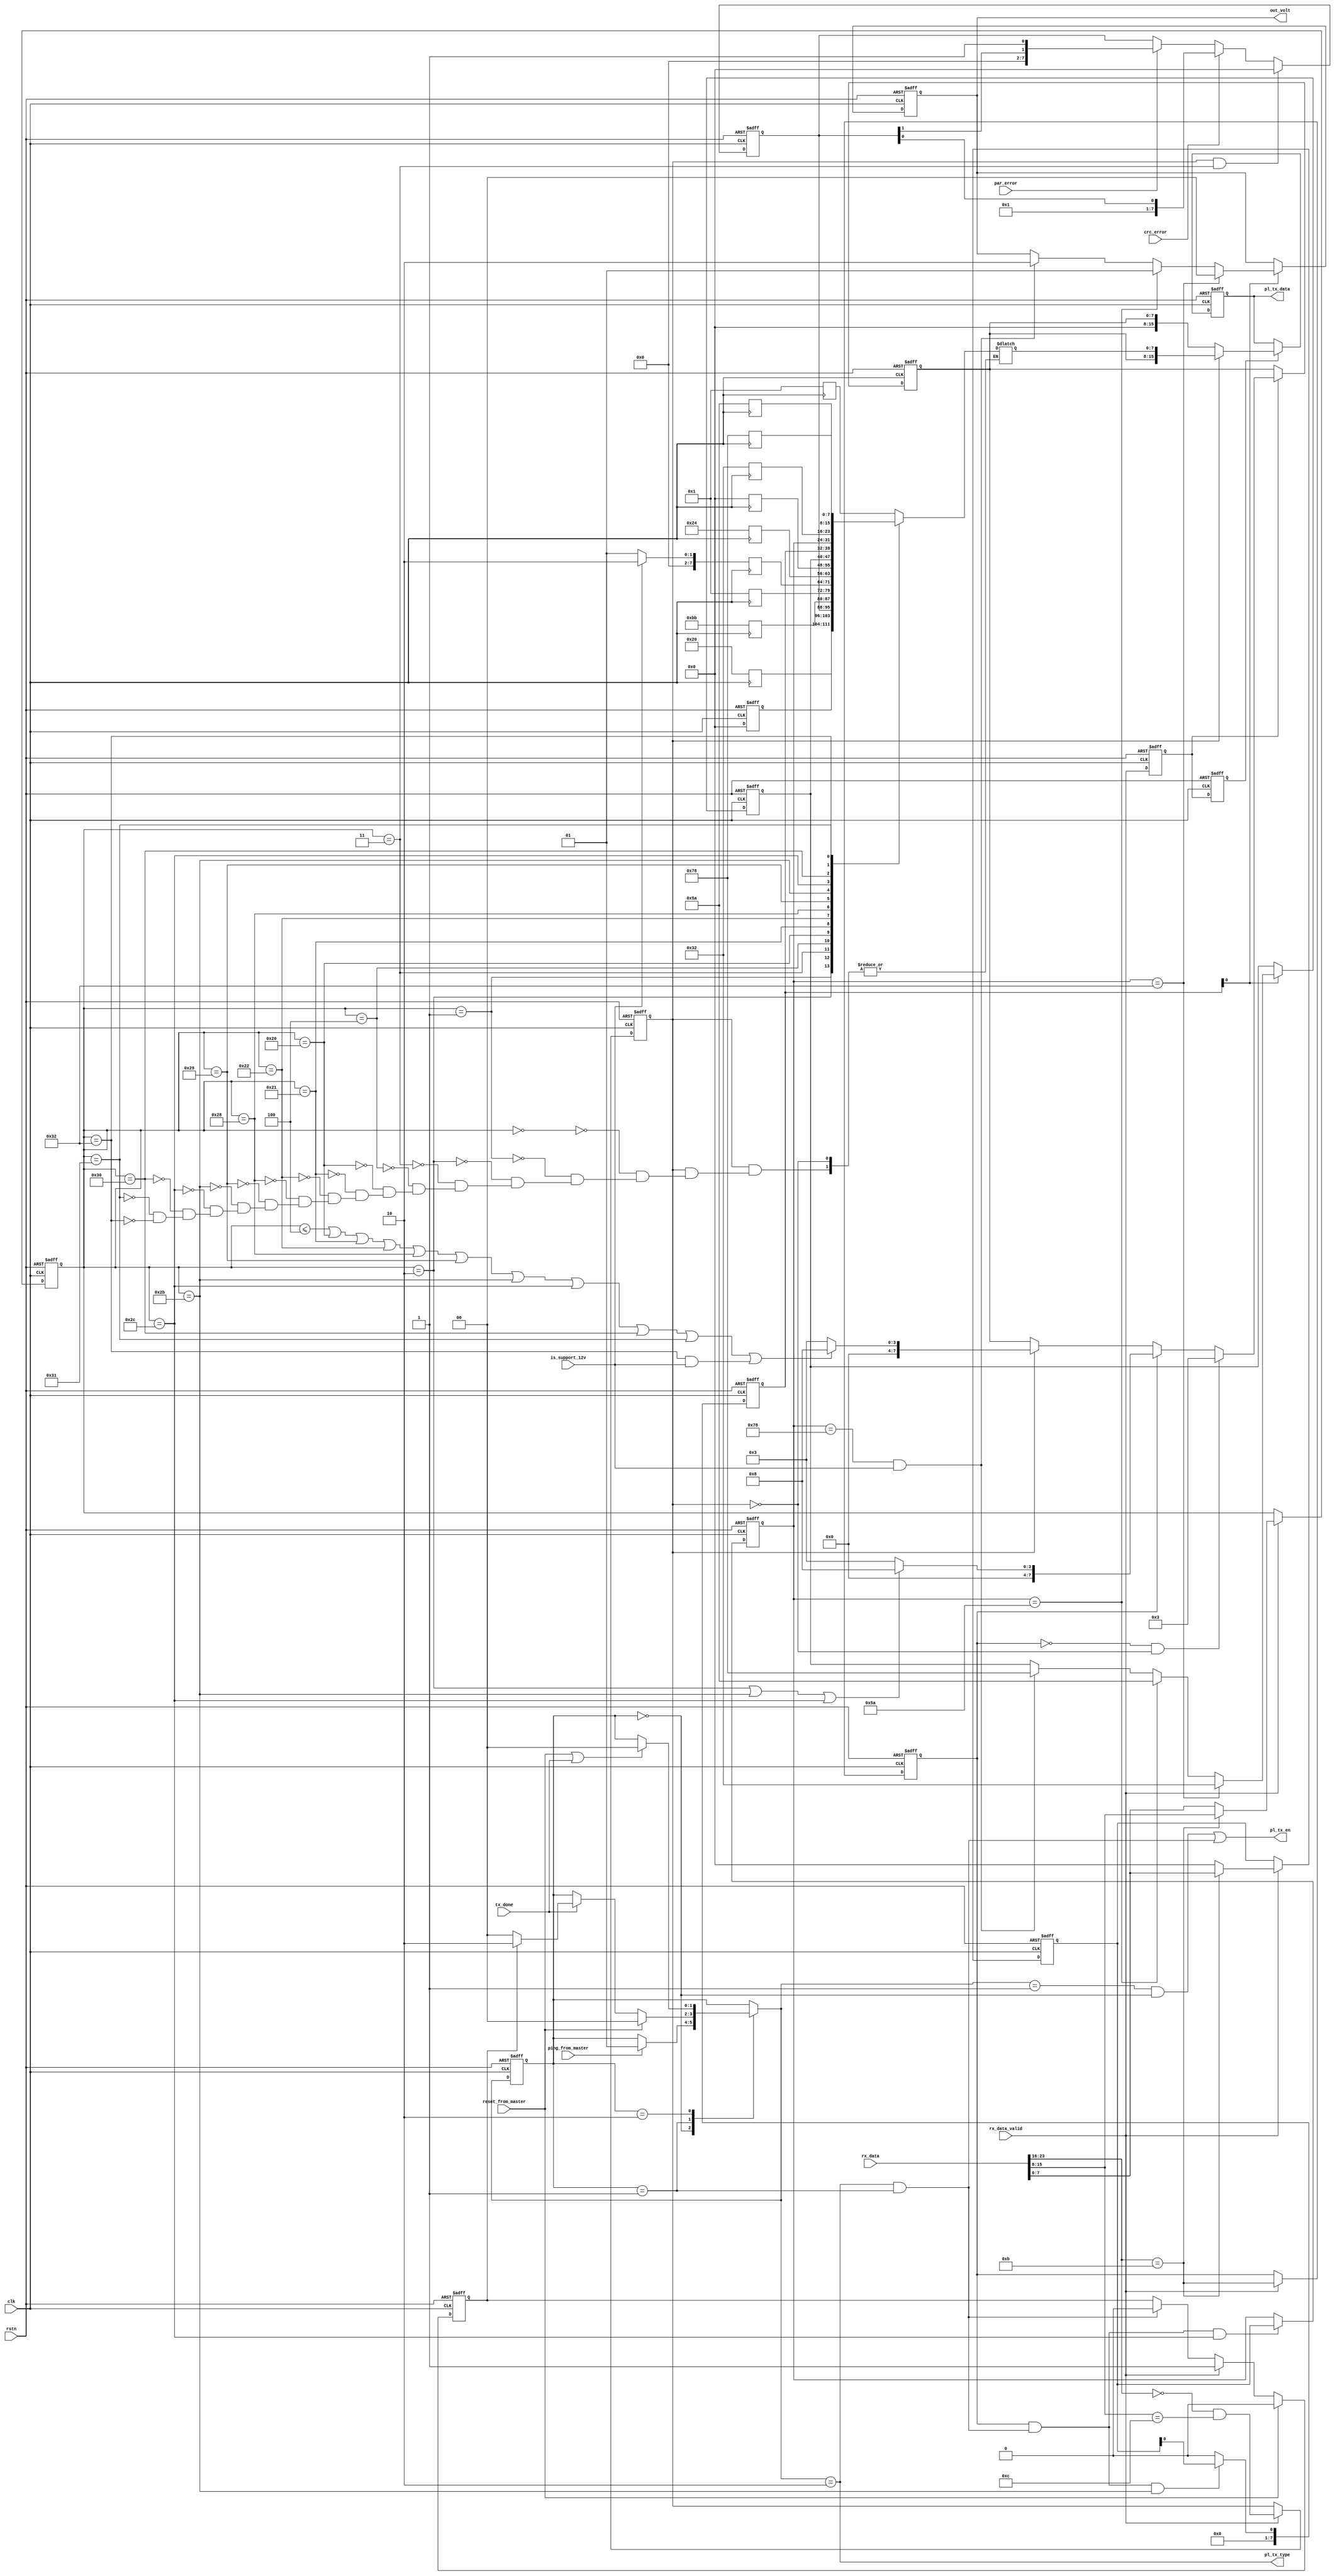
`timescale 1ns / 1ps
//////////////////////////////////////////////////////////////////////////////////
// Company: 
// Engineer: 
// 
// Design Name: 
// Module Name:    fcp logical layer
// Project Name: 
// Target Devices: 
// Tool versions: 
// Description: 
//
// Dependencies: 
//
// Revision: 
// Revision 0.01 - File Created
// Additional Comments: 
//
//////////////////////////////////////////////////////////////////////////////////

module fcp_logical_layer (
    clk,
    rstn,
    // I
    is_support_12v,
    ping_from_master,
    reset_from_master,
    crc_error,
    par_error,
    rx_data,
    rx_data_valid,
    tx_done,
    // O
    pl_tx_en,
    pl_tx_type,
    pl_tx_data,
    out_volt
);

//================================
// IO ports
//================================
input               clk;
input               rstn;
input               is_support_12v;
input               ping_from_master;
input               reset_from_master;
input               crc_error;
input               par_error;
input       [23:0]  rx_data;
input               rx_data_valid;
input               tx_done;

output              pl_tx_en;
output              pl_tx_type;
output      [15:0]  pl_tx_data;
output      [1:0]   out_volt; //00:5V    01:9v    10:12v    11:Reserved

localparam SLV_IDLE         = 2'b00;
localparam SLV_SEND_PING    = 2'b01;
localparam SLV_SEND_RESPOND = 2'b10;

localparam ACK              = 8'b0000_1000;
localparam NACK             = 8'b0000_0011;
localparam SBRWR            = 8'b0000_1011;
localparam SBRRD            = 8'b0000_1100;

//================================
// Signals
//================================
reg [7:0]   DVCTYPE              ;  //0x00 DVCTYPE                R           8h00
reg [7:0]   SPEC_VER             ;  //0x01 SPEC_VER               R           8h00
reg [7:0]   SCNTL                ;  //0x02 SCNTL                  R/W         8h00
reg [7:0]   SSTAT                ;  //0x03 SSTAT                  RR          8h00
reg [7:0]   ID_OUI0              ;  //0x04 ID_OUI0                R           8h00
reg [7:0]   CAPABILITIES         ;  //0x20 CAPABILITIES           R           8b000X_XXXX
reg [7:0]   DISCRETE_CAPABILITIES;  //0x21 DISCRETE_CAPABILITIES  R           8b0XXX_0XXX
reg [7:0]   MAX_PWR              ;  //0x22 MAX_PWR                R           8xXX
reg [7:0]   ADAPTER_STATUS       ;  //0x28 ADAPTER_STATUS         RR          8b0000_0000
reg [7:0]   VOUT_STATUS          ;  //0x29 VOUT_STATUS            R           8xXX
reg [7:0]   OUTPUT_CONTROL       ;  //0x2B OUTPUT_CONTROL         R/W         8x00
reg [7:0]   VOUT_CONFIG          ;  //0x2C VOUT_CONFIG            R/W         8xXX
reg [7:0]   DISCRETE_VOUT_0      ;  //0x30 DISCRETE_VOUT_0        R           8xXX
reg [7:0]   DISCRETE_VOUT_1      ;  //0x31 DISCRETE_VOUT_1        R           8xXX
reg [7:0]   DISCRETE_VOUT_2      ;  //0x32 DISCRETE_VOUT_2        R           8xXX

reg [1:0]   out_volt;
//reg [1:0]   up_step;
//reg [1:0]   down_step;
//reg [6:0]   vol_adjust_cycle_cnt;

reg         wr_en;
reg         rd_en;
reg [7:0]   wr_data;
reg [7:0]   addr;
reg         rx_data_valid_r;
reg         rx_data_valid_2r;
wire        wr_addr_exist;
wire        rd_addr_exist;
reg [7:0]   RESP;
reg [7:0]   data_for_rd_cmd;
reg [15:0]  pl_tx_data;
wire        pl_tx_en;
wire        pl_tx_type;
reg         cmd_get_but_not_process;
wire        send_resp;
wire        send_ping;

reg [1:0]   cur_st;
reg [1:0]   nxt_st;

always @(posedge clk or negedge rstn) begin // adjust volt
    if (!rstn) begin
        out_volt <= 2'b0;  //5v
    end else if (OUTPUT_CONTROL[0]) begin
        if (VOUT_CONFIG==8'd50) begin
            out_volt <= 2'b00; //5v
        end else if (VOUT_CONFIG==8'd90) begin
            out_volt <= 2'b01; //9v
        end else if ((VOUT_CONFIG==8'd120) && is_support_12v) begin
            out_volt <= 2'b10; //12v
        end
    end
end

//always @(posedge clk or negedge rstn) begin // increase volt
//    if (!rstn) begin
//        vol_adjust_cycle_cnt <= 7'b0;
//    end else if (OUTPUT_CONTROL[0]) begin
//        vol_adjust_cycle_cnt <= 7'b1;
//    end else if (vol_adjust_cycle_cnt==7'd100) begin
//        vol_adjust_cycle_cnt <= 7'b0;
//    end else if (|vol_adjust_cycle_cnt) begin
//        vol_adjust_cycle_cnt <= vol_adjust_cycle_cnt + 7'b1;
//    end
//end
//
//always @(posedge clk or negedge rstn) begin // increase volt
//    if (!rstn) begin
//        up_step <= 2'd0;
//    end else if (OUTPUT_CONTROL[0]) begin
//        if (VOUT_CONFIG==8'd120) begin
//            up_step <= VOUT_STATUS==8'd50 ? 2'd2 : (VOUT_STATUS==8'd90 ? 2'd1 : 2'd0);
//        end else if (VOUT_CONFIG==8'd90) begin
//            up_step <= VOUT_STATUS==8'd50 ? 2'd1 : 2'd0;
//        end else if (VOUT_CONFIG==8'd50) begin
//            up_step <= 2'd0;
//        end
//    end else if (vol_adjust_cycle_cnt==100) begin
//        up_step <= 2'd0;
//    end
//end
//
//always @(posedge clk or negedge rstn) begin // decrease volt
//    if (!rstn) begin
//        down_step <= 2'd0;
//    end else if (OUTPUT_CONTROL[0]) begin
//        if (VOUT_CONFIG==8'd90) begin
//            down_step <= VOUT_STATUS==8'd120 ? 2'd1 : 2'd0;
//        end else if (VOUT_CONFIG==8'd120) begin
//            down_step <= 2'd0;
//        end else begin
//            down_step <= VOUT_STATUS==8'd120 ? 2'd2 : (VOUT_STATUS==8'd90 ? 2'd1 : 2'd0);
//        end
//    end else if (vol_adjust_cycle_cnt==100) begin
//        down_step <= 2'd0;
//    end
//end
//
//always @(posedge clk or negedge rstn) begin
//    if (!rstn) begin
//        UP_VOLT <= 1'b0;
//        DN_VOLT <= 1'b0;
//    end else if (vol_adjust_cycle_cnt==1) begin
//        UP_VOLT <= |up_step;
//        DN_VOLT <= |down_step;
//    end else if (vol_adjust_cycle_cnt==26) begin
//        UP_VOLT <= 1'b0;
//        DN_VOLT <= 1'b0;
//    end else if (vol_adjust_cycle_cnt==51) begin
//        UP_VOLT <= up_step[1];
//        DN_VOLT <= down_step[1];
//    end else if (vol_adjust_cycle_cnt==76) begin
//        UP_VOLT <= 1'b0;
//        DN_VOLT <= 1'b0;
//    end
//end

always @(posedge clk or negedge rstn) begin
    if (!rstn) begin
        VOUT_STATUS <= 8'd50;
    end else if (OUTPUT_CONTROL[0]) begin
        VOUT_STATUS <=  VOUT_CONFIG==8'd50 ? 8'd50 :
                        VOUT_CONFIG==8'd90 ? 8'd90 :
                       (VOUT_CONFIG==8'd120) && is_support_12v ? 8'd120 : VOUT_STATUS;
    end
end

// read only registers
always @(posedge clk) begin
    DVCTYPE                 <= 8'h01;
    SPEC_VER                <= 8'h20;
    ID_OUI0                 <= 8'b10111011;
    CAPABILITIES            <= 8'h01;
    DISCRETE_CAPABILITIES   <= is_support_12v ? 8'h2 : 8'h1;
    MAX_PWR                 <= 8'h24;
    DISCRETE_VOUT_0         <= 8'd50;
    DISCRETE_VOUT_1         <= 8'd90;
    DISCRETE_VOUT_2         <= 8'd120;
end

// read/Write registers
always @(posedge clk or negedge rstn) begin // SCNTL is reserved
    if (!rstn) begin
        SCNTL                   <= 8'h0;
    end else begin
        SCNTL                   <= 8'h0;
    end
end

always @(posedge clk or negedge rstn) begin // lsb: SET_VOUT
    if (!rstn) begin
        OUTPUT_CONTROL          <= 8'h0;
    end else if (wr_en & send_resp & (addr==8'h2B)) begin
        OUTPUT_CONTROL          <= {7'b0, wr_data[0]};
    end else begin
        OUTPUT_CONTROL          <= 8'h0;
    end
end

always @(posedge clk or negedge rstn) begin
    if (!rstn) begin
        VOUT_CONFIG             <= 8'd50;   // default 5V
    end else if (wr_en & send_resp & (addr==8'h2C)) begin
        VOUT_CONFIG             <= wr_data;
    end
end

// read/read registers
// automatically set by the hardware.
// Once set, only cleared upon reading the register or by a POR event.
always @(posedge clk or negedge rstn) begin
    if (!rstn) begin
        SSTAT                   <= 8'h0;
    end else if (rd_en & (addr==8'h03)) begin
        SSTAT                   <= 8'h0;
    end else begin
        if (crc_error) begin
            SSTAT               <= {6'h0, 1'b1, SSTAT[0]};
        end else if (par_error) begin
            SSTAT               <= {6'h0, SSTAT[1], 1'b1};
        end
    end
end

always @(posedge clk) begin
    ADAPTER_STATUS          <= 8'h0;
end

//     [23:16]  [15:8]      [7:0]
// RD: 8'b0     SBRRD       REGADDR
// WT: SBRWR    EGADDR      DATA
always @(posedge clk or negedge rstn) begin
    if (!rstn) begin
        wr_en   <= 1'b0;
        rd_en   <= 1'b0;
        wr_data <= 8'b0;
        addr    <= 8'b0;
    end else if (rx_data_valid) begin
        wr_en   <= rx_data[23:16]==SBRWR;
        rd_en   <= rx_data[23:16]==8'b0 && rx_data[15:8]==SBRRD;
        wr_data <= rx_data[23:16]==SBRWR ? rx_data[7:0]  : 8'b0;
        addr    <= rx_data[23:16]==SBRWR ? rx_data[15:8] : rx_data[7:0];
    end
end

always @(posedge clk or negedge rstn) begin
    if (!rstn) begin
        rx_data_valid_r <= 1'b0;
    end else begin
        rx_data_valid_r <= rx_data_valid;
    end
end

always @(posedge clk or negedge rstn) begin
    if (!rstn) begin
        rx_data_valid_2r <= 1'b0;
    end else begin
        rx_data_valid_2r <= rx_data_valid_r;
    end
end

assign wr_addr_exist = (addr==8'h02||addr==8'h2B|| addr==8'h2C);
assign rd_addr_exist = (addr<=8'h04||addr==8'h20|| addr==8'h21||addr==8'h22||
                        addr==8'h28||addr==8'h29|| addr==8'h2B||addr==8'h2C||
                        addr==8'h30||addr==8'h31||(addr==8'h32&&is_support_12v));

always @(posedge clk or negedge rstn) begin
    if (!rstn) begin
        RESP    <= 8'b0;
    end else if (rx_data_valid_r) begin
        if (wr_en==1'b0 && rd_en==1'b0) begin
            RESP    <= NACK;
        end else if (wr_en) begin
            RESP    <= wr_addr_exist ? ACK : NACK;
        end else if (rd_en) begin
            RESP    <= rd_addr_exist ? ACK : NACK;
        end
    end
end


always @(*) begin
    if (rd_en) begin
        case (addr)
        8'h00: data_for_rd_cmd  = DVCTYPE              ;
        8'h01: data_for_rd_cmd  = SPEC_VER             ;
        8'h02: data_for_rd_cmd  = SCNTL                ;
        8'h03: data_for_rd_cmd  = SSTAT                ;
        8'h04: data_for_rd_cmd  = ID_OUI0              ;
        8'h20: data_for_rd_cmd  = CAPABILITIES         ;
        8'h21: data_for_rd_cmd  = DISCRETE_CAPABILITIES;
        8'h22: data_for_rd_cmd  = MAX_PWR              ;
        8'h28: data_for_rd_cmd  = ADAPTER_STATUS       ;
        8'h29: data_for_rd_cmd  = VOUT_STATUS          ;
        8'h2B: data_for_rd_cmd  = OUTPUT_CONTROL       ;
        8'h2C: data_for_rd_cmd  = VOUT_CONFIG          ;
        8'h30: data_for_rd_cmd  = DISCRETE_VOUT_0      ;
        8'h31: data_for_rd_cmd  = DISCRETE_VOUT_1      ;
        8'h32: data_for_rd_cmd  = DISCRETE_VOUT_2      ;
        endcase
    end
end

always @(posedge clk or negedge rstn) begin
    if (!rstn) begin
        pl_tx_data <= 16'b0;
    end else if (rx_data_valid_2r) begin
        if (rd_en) begin
            pl_tx_data <= {RESP, data_for_rd_cmd};
        end else begin
            pl_tx_data <= {8'b0, RESP};
        end
    end
end

always @(posedge clk or negedge rstn) begin
    if (!rstn) begin
        cmd_get_but_not_process <= 1'b0;
    end else if (reset_from_master) begin
        cmd_get_but_not_process <= 1'b0;
    end else if (rx_data_valid) begin
        cmd_get_but_not_process <= 1'b1;
    end else if (send_resp) begin
        cmd_get_but_not_process <= 1'b0;
    end
end

//========================================================================================
//========================================================================================
//              Main State
//========================================================================================
//========================================================================================
always @(posedge clk or negedge rstn) begin
    if(!rstn) begin
        cur_st <= SLV_IDLE;
    end else begin
        cur_st <= nxt_st;
    end
end

always @(*) begin
    nxt_st = cur_st;

    case(cur_st)
    SLV_IDLE: begin
        if (ping_from_master) begin
            nxt_st = SLV_SEND_PING;
        end
    end
    SLV_SEND_PING: begin
        if (reset_from_master) begin
            nxt_st = SLV_IDLE;
        end else if (tx_done) begin
            if (cmd_get_but_not_process) begin
                nxt_st = SLV_SEND_RESPOND;
            end else begin
                nxt_st = SLV_IDLE;
            end
        end
    end
    SLV_SEND_RESPOND: begin
        if (reset_from_master | tx_done) begin
            nxt_st = SLV_IDLE;
        end
    end
    default;
    endcase
end

assign send_ping    = (nxt_st==SLV_SEND_PING) & (cur_st==SLV_IDLE);
assign send_resp    = (nxt_st==SLV_SEND_RESPOND) & (cur_st==SLV_SEND_PING);
assign pl_tx_en     = send_ping | send_resp;
assign pl_tx_type   = (nxt_st==SLV_SEND_RESPOND); // 0->PING  1->RESPOND

endmodule